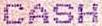
CASH